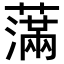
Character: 𦿭